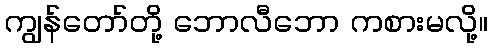
ကျွန်တော်တို့ ဘောလီဘော ကစားမလို့။